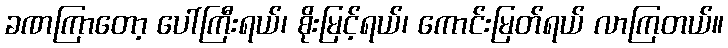
ခဏကြာတော့ ပေါ်ကြီးရယ်၊ စိုးမြင့်ရယ်၊ ကောင်းမြတ်ရယ် လာကြတယ်။